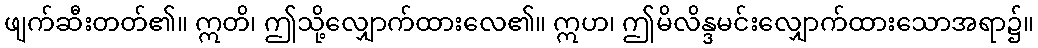
ဖျက်ဆီးတတ်၏။ ဣတိ၊ ဤသို့လျှောက်ထားလေ၏။ ဣဟ၊ ဤမိလိန္ဒမင်းလျှောက်ထားသောအရာ၌။